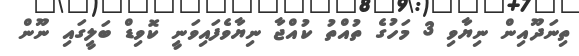
ތިނަދޫއިން ނިޔާވި 3 މަހުގެ ތުއްތު ކުއްޖާ ނިޔާވެފައިވަނީ ކޮވިޑް ބަލީގައި ނޫން